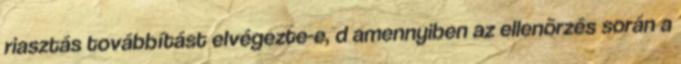
riasztás továbbítást elvégezte-e, d amennyiben az ellenõrzés során a